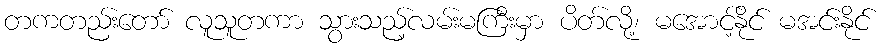
တကတည်းတော် လူသူတကာ သွားသည့်လမ်းမကြီးမှာ ပိတ်လို့၊ မအောင့်နိုင် မအင်းနိုင်